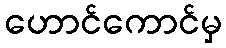
ဟောင်ကောင်မှ